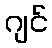
ဂျင်